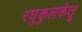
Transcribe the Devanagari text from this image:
रघुकुलकेतू